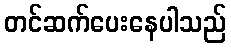
တင်ဆက်ပေးနေပါသည်